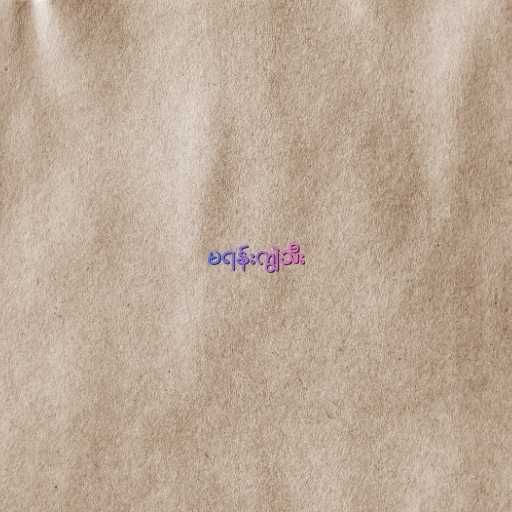
မရန်းကျွဲသီး